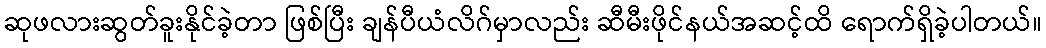
ဆုဖလားဆွတ်ခူးနိုင်ခဲ့တာ ဖြစ်ပြီး ချန်ပီယံလိဂ်မှာလည်း ဆီမီးဖိုင်နယ်အဆင့်ထိ ရောက်ရှိခဲ့ပါတယ်။